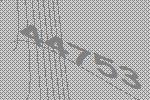
44753